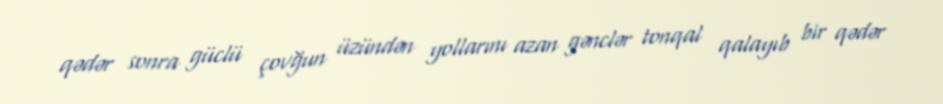
qədər sonra güclü çovğun üzündən yollarını azan gənclər tonqal qalayıb bir qədər